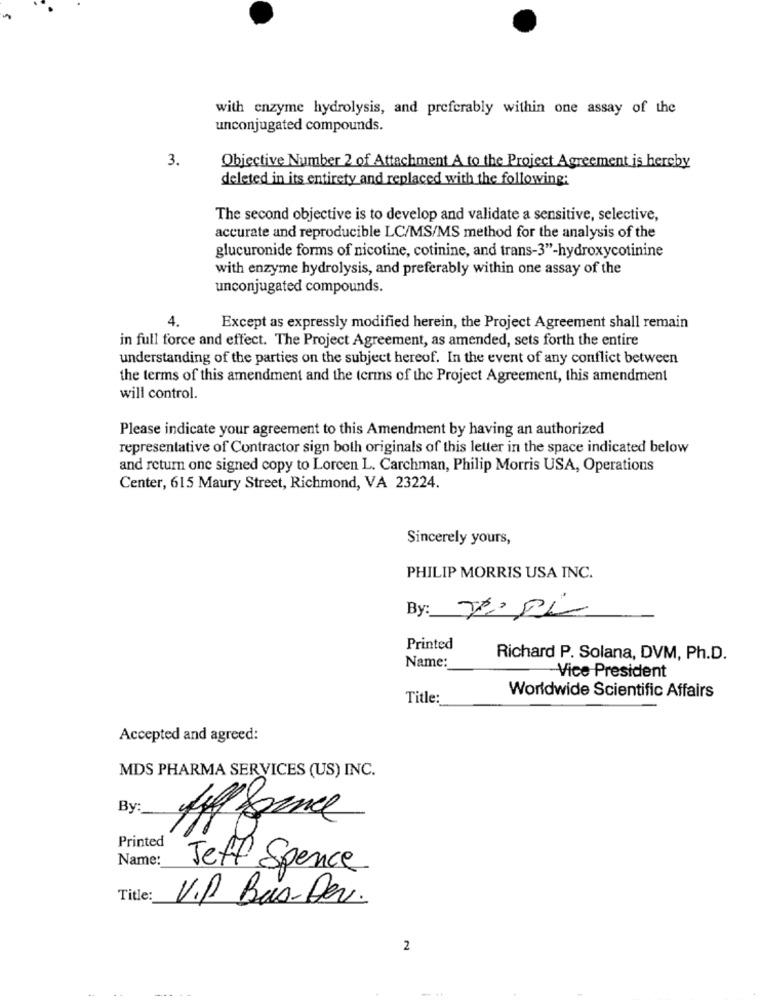
with enzyme hydrolysis, and preferably within one assay of the
unconjugated compounds.
3.
Objective Number 2 of Attachment A to the Project Agreement is hereby
deleted in its entirety and replaced with the following:
The second objective is to develop and validate a sensitive, selective,
accurate and reproducible LC/MS/MS method for the analysis of the
glucuronide forms of nicotine, cotinine, and trans-3"-hydroxycotinine
with enzyme hydrolysis, and preferably within one assay of the
unconjugated compounds.
4.
Except as expressly modified herein, the Project Agreement shall remain
in full force and effect. The Project Agreement, as amended, sets forth the entire
understanding of the parties on the subject hereof. In the event of any conflict between
the terms of this amendment and the terms of the Project Agreement, this amendment
will control.
Please indicate your agreement to this Amendment by having an authorized
representative of Contractor sign both originals of this letter in the space indicated below
and return one signed copy to Lorcen L. Carchman, Philip Morris USA, Operations
Center, 615 Maury Street, Richmond, VA 23224.
Sincerely yours,
PHILIP MORRIS USA INC.
Printed
Name:
Richard P. Solana, DVM, Ph.D.
-Vice President
Title:
Worldwide Scientific Affairs
Accepted and agreed:
MDS PHARMA SERVICES (US) INC.
By:
Printed
Name:
Jeff Spence
Title:
V.P. Bas-Dev.
2